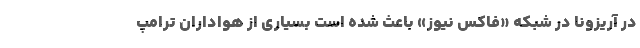
در آریزونا در شبکه «فاکس نیوز» باعث شده است بسیاری از هواداران ترامپ